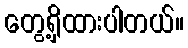
တွေ့ရှိထားပါတယ်။